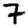
Digit: 7